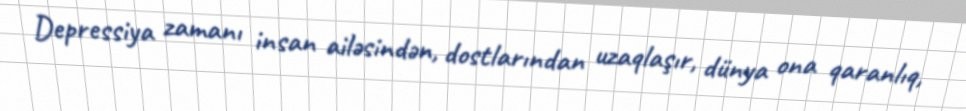
Depressiya zamanı insan ailəsindən, dostlarından uzaqlaşır, dünya ona qaranlıq,